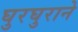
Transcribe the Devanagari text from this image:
घुरघुराने